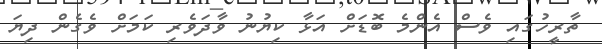
ތާރީހުގައި ވެސް އެންމެ ބޮޑަށް އަޅާ ކިޔުނު ވާދަވެރި ކަމަށް ވެގެން ދިޔަ